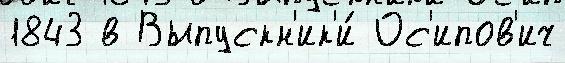
1843 в Выпускн'ик'и́ Ос'ипов'ич